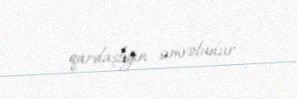
qardaşlığın simvoludur.